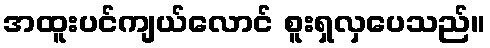
အထူးပင်ကျယ်လောင် စူးရှလှပေသည်။